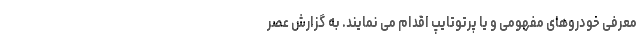
معرفی خودروهای مفهومی و یا پرتوتایپ اقدام می نمایند. به گزارش عصر